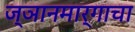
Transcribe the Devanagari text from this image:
ज्ञानमार्गाचा